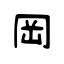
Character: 岡